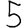
Digit: 5